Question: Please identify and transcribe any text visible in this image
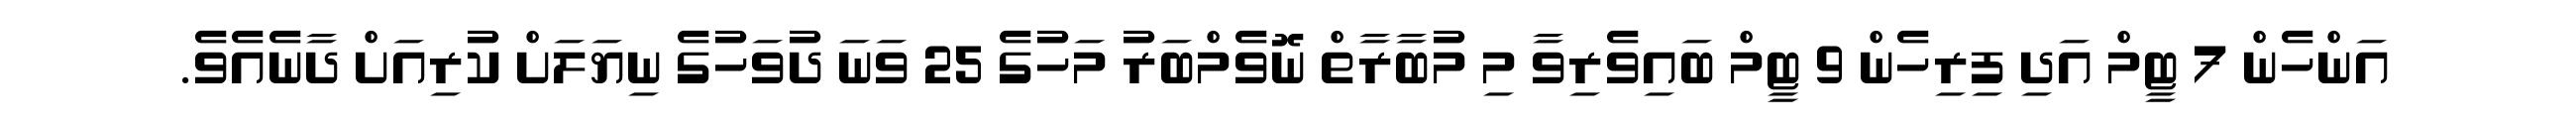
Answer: އަންހެން 7 ޓީމް އަދި ފިރިހެން 9 ޓީމް ބައިވެރިވާ މި މުބާރާތް ނޮވެމްބަރު މަހުގެ 25 ވަނަ ދުވަހުގެ ނިޔަލަށް ކުރިއަށް ދާނެއެވެ.